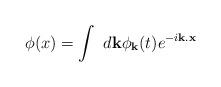
LaTeX: \begin{align*}\phi(x)=\int~d {\bf k} \phi_{{\bf k}}(t)e^{-i{\bf k}.{\bf x}}\end{align*}